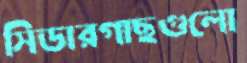
সিডারগাছগুলো